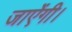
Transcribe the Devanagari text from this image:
जाऐंगी।